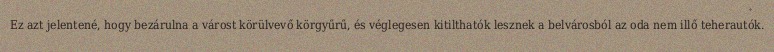
Ez azt jelentené, hogy bezárulna a várost körülvevő körgyűrű, és véglegesen kitilthatók lesznek a belvárosból az oda nem illő teherautók.